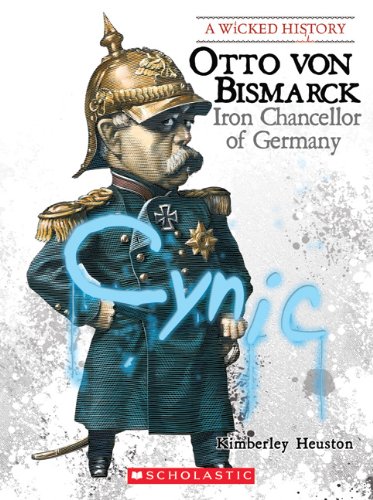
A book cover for Otto Von Bismarck: Iron Chancellor of Germany (Wicked History); Kimberly Burton Heuston; Teen & Young Adult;